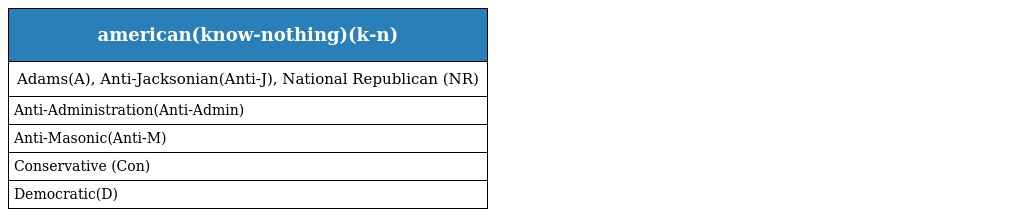
| american(know-nothing)(k-n) |
 | --- |
 | Adams(A), Anti-Jacksonian(Anti-J), National Republican (NR) |
 | Anti-Administration(Anti-Admin) |
 | Anti-Masonic(Anti-M) |
 | Conservative (Con) |
 | Democratic(D) |